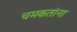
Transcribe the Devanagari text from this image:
चमकतांना